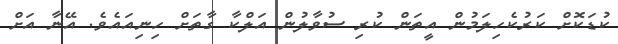
ކުޑަކޮށް ކަރުކެހިލަމުން އީތަން ކުރި ސުވާލުން އަލްކާ ގާތަށް ހިނިއައެވެ. އޭނާ އަށް